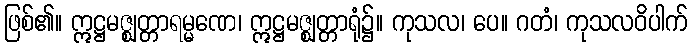
ဖြစ်၏။ ဣဋ္ဌမဇ္ဈတ္တာရမ္မဏေ၊ ဣဋ္ဌမဇ္ဈတ္တာရုံ၌။ ကုသလ၊ ပေ။ ဂတံ၊ ကုသလဝိပါက်